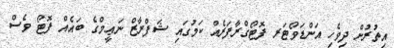
އިތުރުން ދިވެހި އަންޑަވޯޓަރ ފޮޓޯގްރާފަރެއް ކަމުގައި ޝަފްރާޒް ނަޢީމްގެ ބައެއް ފޮޓޯ ވެސް